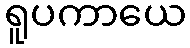
ရူပကာယေ